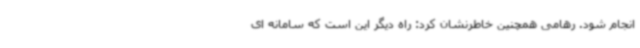
انجام شود. رهامی همچنین خاطرنشان کرد: راه دیگر این است که سامانه ای